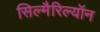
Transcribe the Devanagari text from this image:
सिल्मैरिल्यॉन